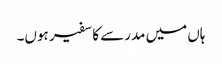
ہاں میں مدرسے کا سفیر ہوں۔